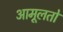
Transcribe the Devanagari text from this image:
आमूलतो